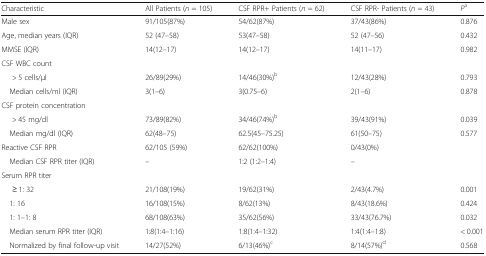
| Characteristic | All Patients (n = 105) | CSF RPR+ Patients (n = 62) | CSF RPR- Patients (n = 43) | Pa |
 | --- | --- | --- | --- | --- |
 | Male sex | 91/105(87%) | 54/62(87%) | 37/43(86%) | 0.876 |
 | Age, median years (IQR) | 52 (47–58) | 53(47–58) | 52 (47–56) | 0.432 |
 | MMSE (IQR) | 14(12–17) | 14(12–17) | 14(11–17) | 0.982 |
 | <COLSPAN=5> CSF WBC count |
 | > 5 cells/μl | 26/89(29%) | 14/46(30%)b | 12/43(28%) | 0.793 |
 | Median cells/ml (IQR) | 3(1–6) | 3(0.75–6) | 2(1–6) | 0.878 |
 | <COLSPAN=5> CSF protein concentration |
 | > 45 mg/dl | 73/89(82%) | 34/46(74%)b | 39/43(91%) | 0.039 |
 | Median mg/dl (IQR) | 62(48–75) | 62.5(45–75.25) | 61(50–75) | 0.577 |
 | Reactive CSF RPR | 62/105 (59%) | 62/62(100%) | 0/43(0%) |  |
 | Median CSF RPR titer (IQR) | – | 1:2 (1:2–1:4) | – |  |
 | <COLSPAN=5> Serum RPR titer |
 | ≥ 1: 32 | 21/108(19%) | 19/62(31%) | 2/43(4.7%) | 0.001 |
 | 1: 16 | 16/108(15%) | 8/62(13%) | 8/43(18.6%) | 0.424 |
 | 1: 1–1: 8 | 68/108(63%) | 35/62(56%) | 33/43(76.7%) | 0.032 |
 | Median serum RPR titer (IQR) | 1:8(1:4–1:16) | 1:8(1:4–1:32) | 1:4(1:4–1:8) | < 0.001 |
 | Normalized by final follow-up visit | 14/27(52%) | 6/13(46%)c | 8/14(57%)d | 0.568 |